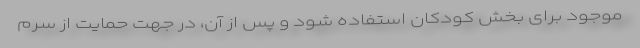
موجود برای بخش کودکان استفاده شود و پس از آن، در جهت حمایت از سرم